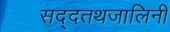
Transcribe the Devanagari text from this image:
सद्दतथजालिनी